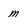
Character: m